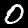
Label: 0